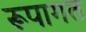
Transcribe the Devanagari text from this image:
रूपागत